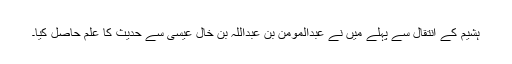
ہشیم کے انتقال سے پہلے میں نے عبدالمومن بن عبداللہ بن خال عیسیٰ سے حدیث کا علم حاصل کیا۔